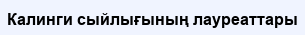
Калинги сыйлығының лауреаттары